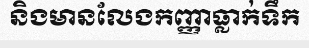
និងមានលែងកញ្ញាធ្លាក់ទឹក